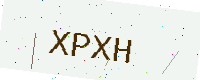
Text: XPXH